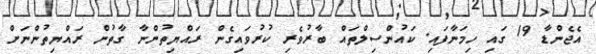
އެޖެންޑާ 19 ގައި ހިމަނާފައި. ކައުންސިލްތައް ބާރުވެރި ކުރުވައިގެން ރައްޔިތުންނާ ގާތުން ރައްޔިތުންނަށް